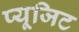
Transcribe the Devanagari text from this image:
प्यूजिट